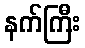
နက်ကြီး